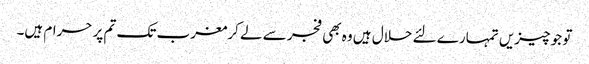
تو جو چیزیں تمہارے لئے حلال ہیں وہ بھی فجر سے لے کرمغرب تک تم پر حرام ہیں۔